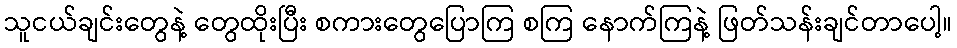
သူငယ်ချင်းတွေနဲ့ တွေထိုးပြီး စကားတွေပြောကြ စကြ နောက်ကြနဲ့ ဖြတ်သန်းချင်တာပေါ့။